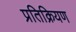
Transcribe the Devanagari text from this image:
प्रतिक्रियण